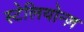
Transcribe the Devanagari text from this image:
स्टेलियोन्ज़